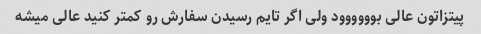
پیتزاتون عالی بوووووود ولی اگر تایم رسیدن سفارش رو کمتر کنید عالی میشه